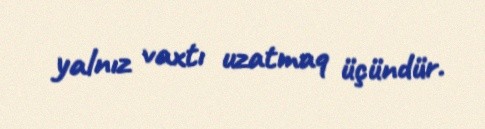
yalnız vaxtı uzatmaq üçündür.